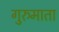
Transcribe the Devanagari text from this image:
गुरुमाता